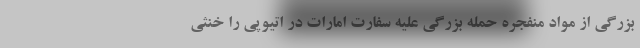
بزرگی از مواد منفجره حمله بزرگی علیه سفارت امارات در اتیوپی را خنثی